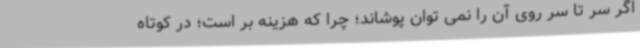
اگر سر تا سر روی آن را نمی توان پوشاند؛ چرا که هزینه بر است؛ در کوتاه